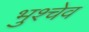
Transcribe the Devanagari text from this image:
भुश्चेव